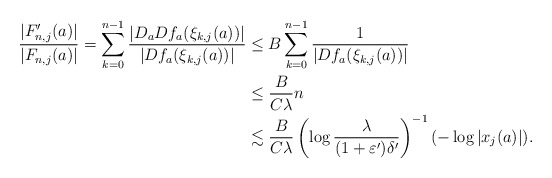
\begin{align*}\begin{aligned}\frac{|F'_{n,j}(a)|}{|F_{n,j}(a)|}=\sum_{k=0}^{n-1}\frac{|D_a Df_{a}(\xi_{k,j}(a))|}{|Df_{a}(\xi_{k,j}(a))|}&\leq B\sum_{k=0}^{n-1}\frac{1}{|Df_{a}(\xi_{k,j}(a))|}\\&\leq \frac{B}{C\lambda} n\\&\lesssim \frac{B}{C\lambda}\left(\log\frac{\lambda}{(1+\varepsilon')\delta'}\right)^{-1}(-\log|x_{j}(a)|).\end{aligned}\end{align*}